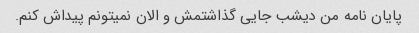
پایان نامه من دیشب جایی گذاشتمش و الان نمیتونم پیداش کنم.